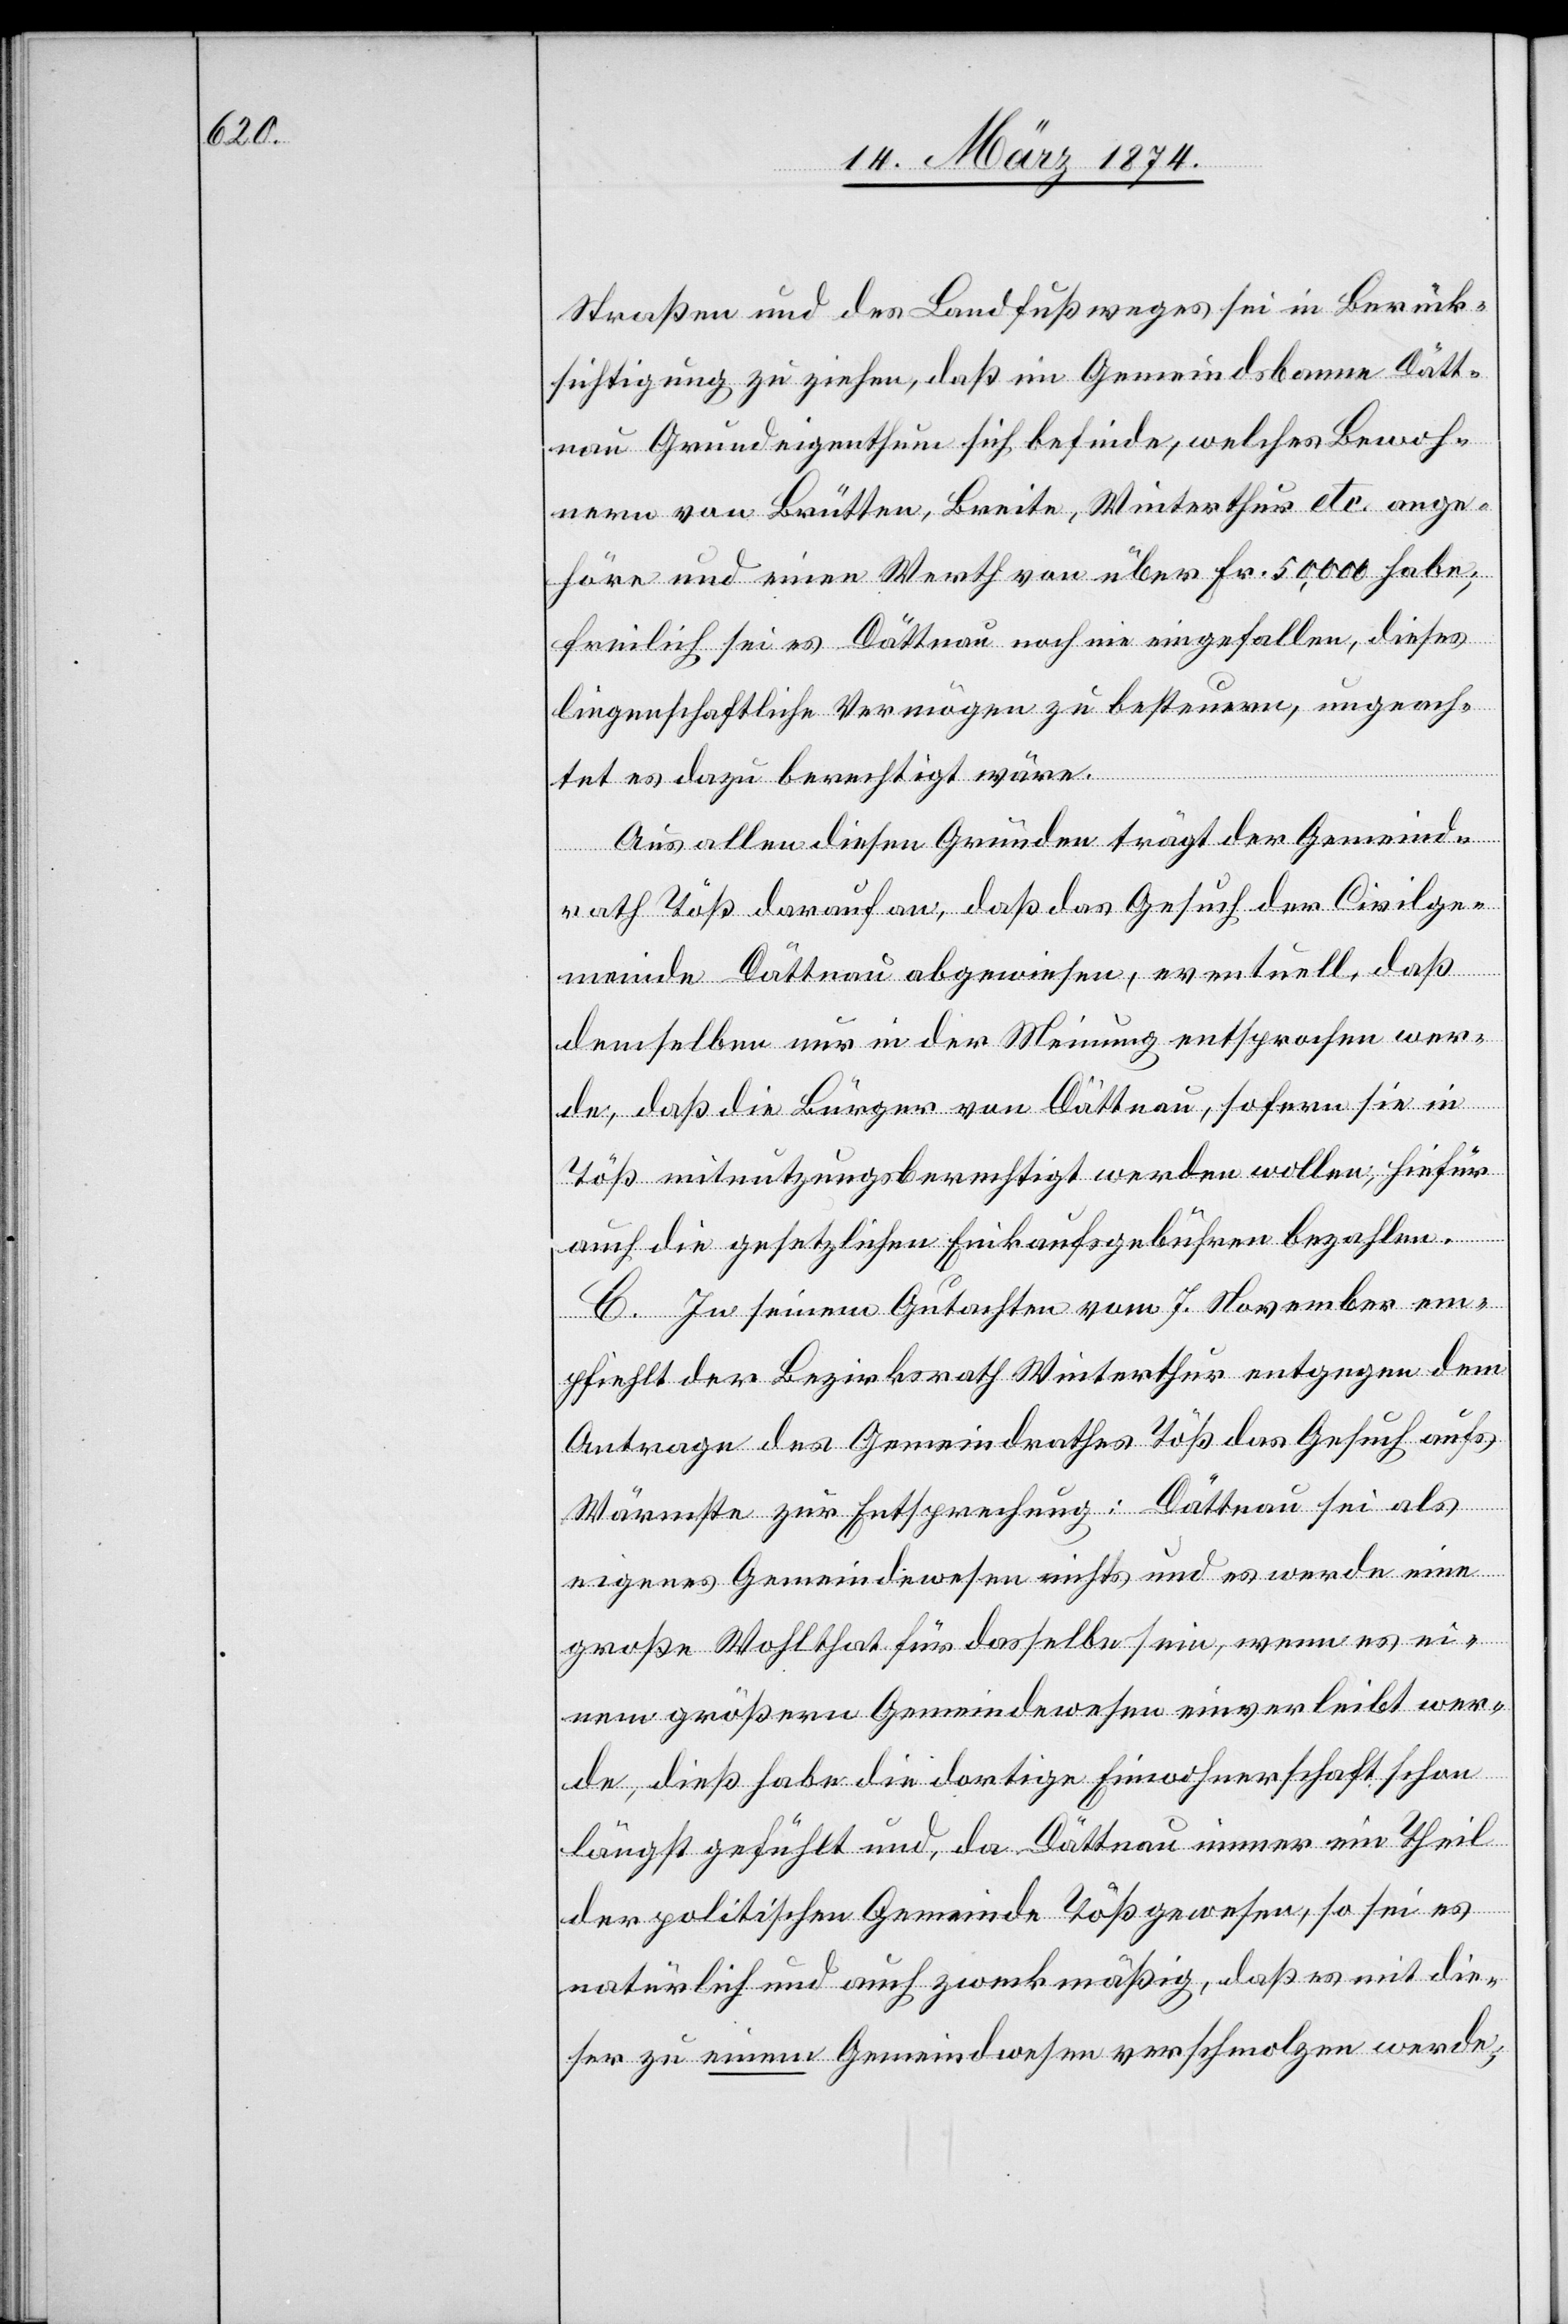
Straßen und des Landfußweges sei in Berück¬
sichtigung zu ziehen, daß im Gemeindsbanne Dätt¬
nau Grundeigenthum sich befinde, welches Bewoh¬
nern von Brütten, Breite, Winterthur etc. ange¬
höre und einen Werth von über Fr. 50,000 habe;
freilich sei es Dättnau noch nie eingefallen, dieses
liegenschaftliche Vermögen zu besteuern, ungeach¬
tet es dazu berechtigt wäre.
Aus allen diesen Gründen trägt der Gemeind¬
rath Töß darauf an, daß das Gesuch der Civilge¬
meinde Dättnau abgewiesen, eventuell, daß
demselben nur in der Meinung entsprochen wer¬
de, daß die Bürger von Dättnau, sofern sie in
Töß mitnutzungsberechtigt werden wollen, hiefür
auch die gesetzlichen Einkaufsgebühren bezahlen.
C. In seinem Gutachten vom 7. November em¬
pfiehlt der Bezirksrath Winterthur entgegen dem
Antrage des Gemeindrathes Töß das Gesuch aufs
Wärmste zur Entsprechung: Dättnau sei als
eigenes Gemeindewesen nichts und es werde eine
große Wohlthat für dasselbe sein, wenn es ei¬
nem größern Gemeindewesen einverleibt wer¬
de, dieß habe die dortige Einwohnerschaft schon
längst gefühlt und, da Dättnau immer ein Theil
der politischen Gemeinde Töß gewesen, so sei es
natürlich und auch zweckmäßig, daß es mit die¬
ser zu einem Gemeindwesen verschmolzen werde,